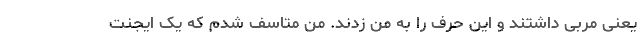
یعنی مربی داشتند و این حرف را به من زدند. من متاسف شدم که یک ایجنت